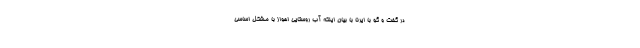
در گفت و گو با ایرنا با بیان اینکه آب روستایی اهواز با مشکل اساسی